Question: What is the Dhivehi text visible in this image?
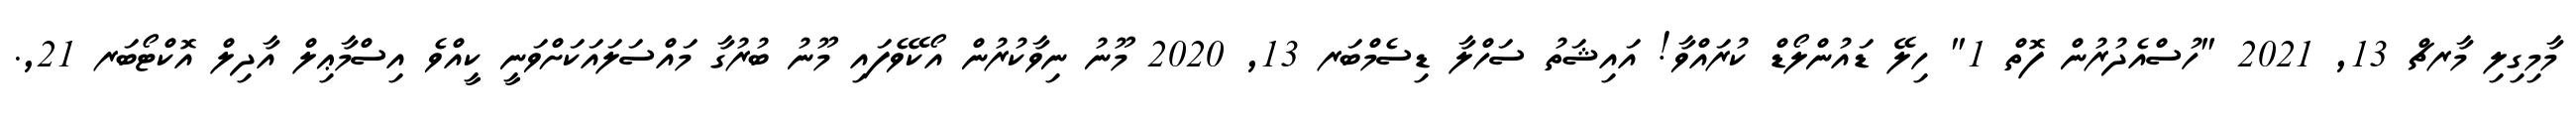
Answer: މާމިގިލި މާރޗް 13, 2021 "ހުސްއެދުރުން ފޮތް 1" ހިލޭ ޑައުންލޯޑް ކުރައްވާ! އައިޝަތު ސަހްލާ ޑިސެމްބަރ 13, 2020 މޫނު ނިވާކުރުން އޯކޭވެފައި މޫނު ބުރުގާ މައްސަލައަކަށްވަނީ ކީއްވެ އިސްމާޢިލް އާދިލް އޮކްޓޯބަރ 21,.